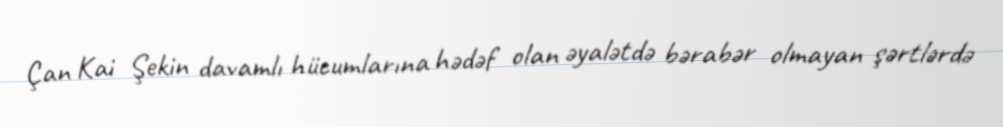
Çan Kai Şekin davamlı hücumlarına hədəf olan əyalətdə bərabər olmayan şərtlərdə